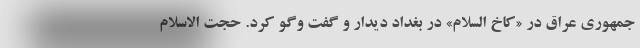
جمهوری عراق در «کاخ السلام» در بغداد دیدار و گفت وگو کرد. حجت الاسلام